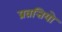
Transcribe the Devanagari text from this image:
प्रव्रत्तियो